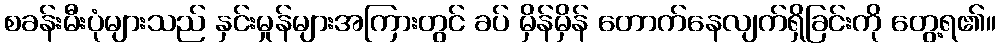
စခန်းမီးပုံများသည် နှင်းမှုန်များအကြားတွင် ခပ် မှိန်မှိန် တောက်နေလျက်ရှိခြင်းကို တွေ့ရ၏။